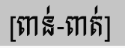
[ពាន់-ពាត់]